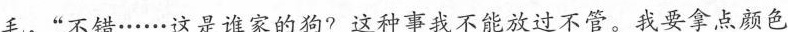
毛，“不错·.····这是谁家的狗?这种事我不能放过不管。我要拿点颜色